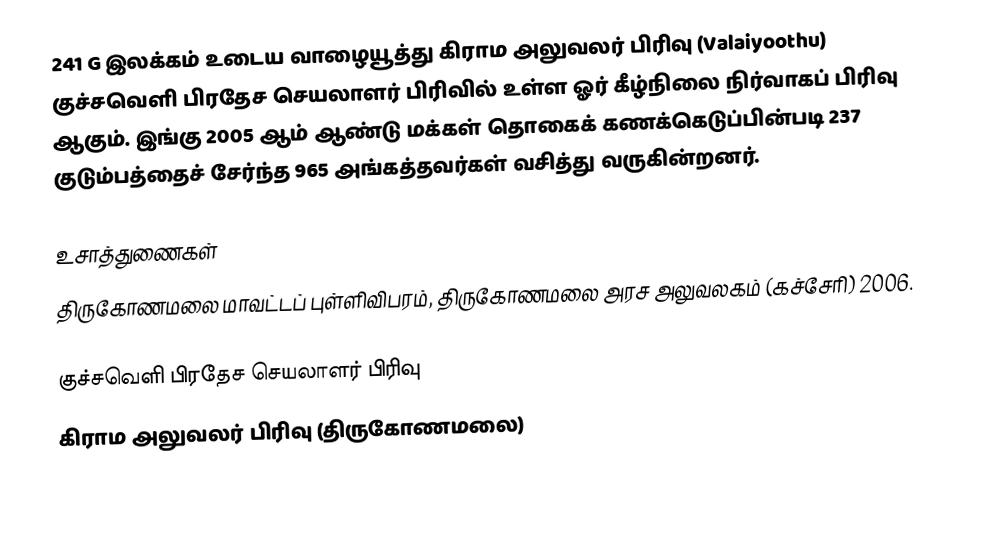
241 G இலக்கம்  உடைய வாழையூத்து கிராம அலுவலர் பிரிவு (Valaiyoothu) குச்சவெளி பிரதேச செயலாளர் பிரிவில் உள்ள ஓர் கீழ்நிலை நிர்வாகப் பிரிவு ஆகும். இங்கு 2005 ஆம் ஆண்டு மக்கள் தொகைக் கணக்கெடுப்பின்படி 237 குடும்பத்தைச் சேர்ந்த 965 அங்கத்தவர்கள் வசித்து வருகின்றனர்.

உசாத்துணைகள்
திருகோணமலை மாவட்டப் புள்ளிவிபரம்,  திருகோணமலை அரச அலுவலகம் (கச்சேரி) 2006.

குச்சவெளி பிரதேச செயலாளர் பிரிவு
கிராம அலுவலர் பிரிவு (திருகோணமலை)